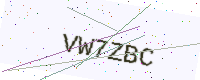
Text: VW7ZBC